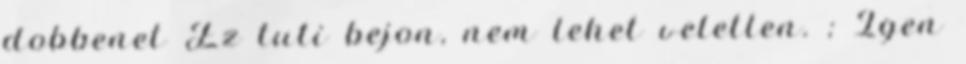
dobbenet Ez tuti bejon, nem lehet veletlen. ; Igen